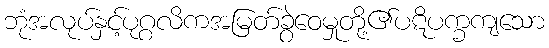
ဘုံအလုပ်နှင့်ပုဂ္ဂလိကအမြတ်ခွဲဝေမှုတို့၏ပဋိပက္ခကျသော